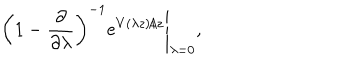
LaTeX: \left( 1 - \frac { \partial } { \partial \lambda } \right) ^ { - 1 } e ^ { V ( \lambda z ) / z } \Bigg \vert _ { \lambda = 0 } ,